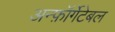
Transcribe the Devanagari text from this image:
अन्फ़ॉर्गेटेबल